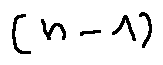
( n - 1 )